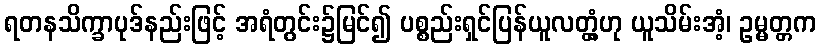
ရတနသိက္ခာပုဒ်နည်းဖြင့် အရံတွင်း၌မြင်၍ ပစ္စည်းရှင်ပြန်ယူလတ္တံ့ဟု ယူသိမ်းအံ့၊ ဥမ္မတ္တက